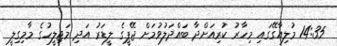
14:35 މުލިއާގޭގައި މިހާރު ކުރިއަށްދާ ބައްދަލުވުމަށް ޖޭޕީގެ ލީޑަރު އަދި މަޖިލީހުގެ މާމިގިލީ